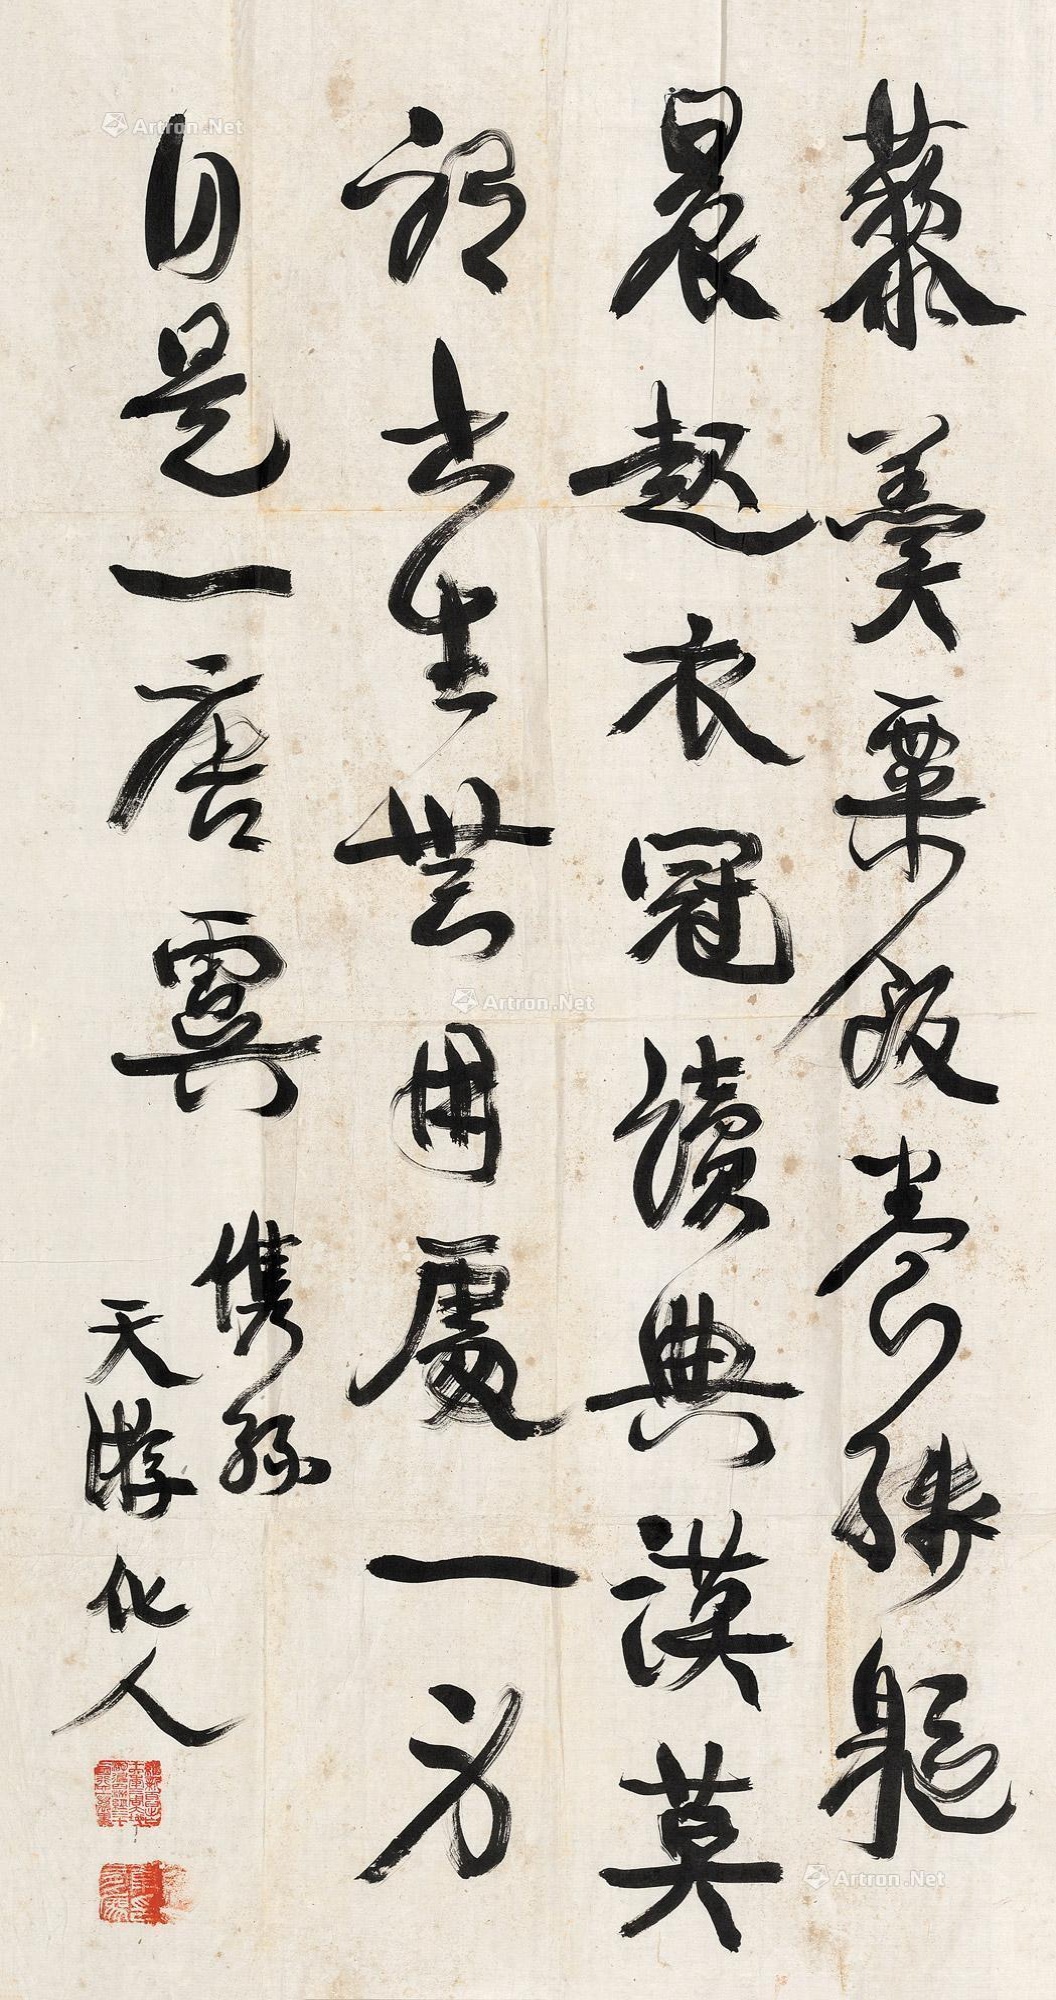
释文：藜羹粟饭养残躯，晨起衣冠读典谟。莫谓书生无用处，一身自是一唐虞。㑺孙，天游化人。